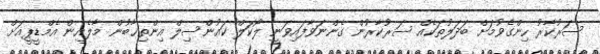
ސަރުކާރު ހިންގެވުމަށް ބަދަލުތަކެއް ސަރުކާރުން ގެންނަވާފައިވަނީ ލޯކަލް ކައުންސިލް އިންތިޚާބުން މާލެއިން އެމްޑީޕީއަށް